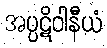
အပ္ပဋိဝါနီယံ